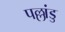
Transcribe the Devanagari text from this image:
पल्लांडु